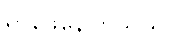
ရှာဖွေနေကြသည်